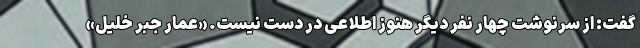
گفت: از سرنوشت چهار نفر دیگر هنوز اطلاعی در دست نیست. «عمار جبر خلیل»